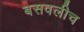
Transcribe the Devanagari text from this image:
बसवलीच